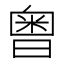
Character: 𣉭